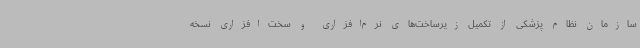
سازمان نظام پزشکی از تکمیل زیرساخت‌های نرم‌افزاری و سخت‌افزاری نسخه